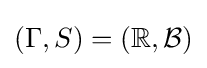
(\Gamma ,S)=(\mathbb {R} ,{\mathcal {B}})